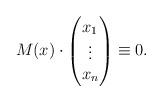
LaTeX: \begin{align*}M(x)\cdot \begin{pmatrix}x_1\cr \vdots \cr x_n\end{pmatrix} \equiv 0.\end{align*}